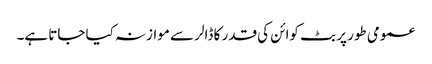
عمومی طور پر بٹ کوائن کی قدر کا ڈالر سے موازنہ کیا جاتا ہے۔